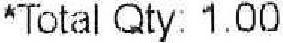
*TOTAL QTY: 1.00